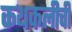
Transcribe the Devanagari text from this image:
कथकलीची